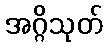
အဂ္ဂိသုတ်